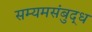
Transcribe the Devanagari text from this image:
सम्यमसंबुद्ध